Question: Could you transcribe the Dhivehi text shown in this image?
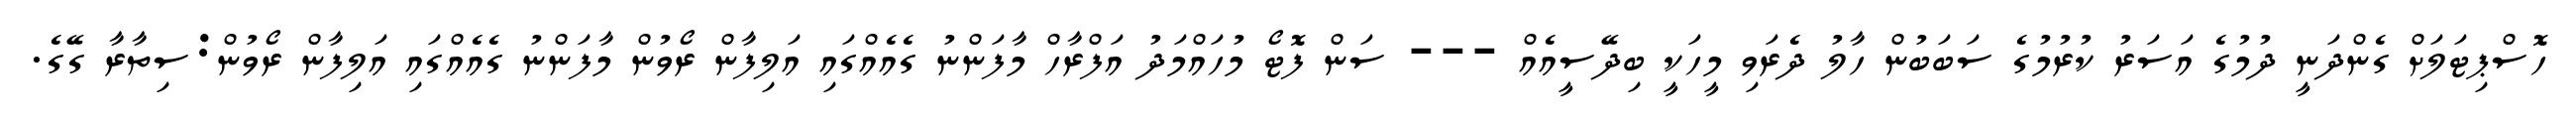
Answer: ހޮސްޕިޓަލަށް ގެންދަނީ ދުމުގެ އަސަރު ކުރުމުގެ ސަބަބުން ހާލު ދެރަވި މީހަކީ ބިދޭސީއެއް --- ސަން ފޮޓޯ މުހައްމަދު އަފްރާހް މާފަންނު ގެއެއްގައި އަލިފާން ރޯވުން މާފަންނު ގެއެއްގައި އަލިފާން ރޯވުން:ސިތާރާ ގޭގެ.